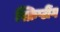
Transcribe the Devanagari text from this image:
स्क्रिप्टींग